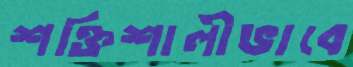
শক্তিশালীভাবে